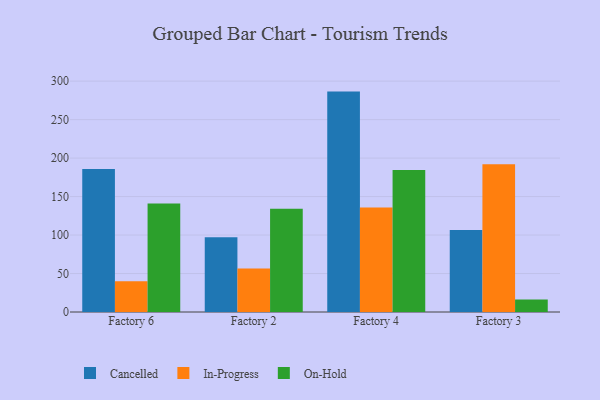
{"axis": {"x": "Factory", "y": "Page Views"}, "legend": ["Cancelled", "In-Progress", "On-Hold"], "data": [{"x": "Factory 6", "y": 185.9, "type": "Cancelled"}, {"x": "Factory 6", "y": 40.0, "type": "In-Progress"}, {"x": "Factory 6", "y": 140.9, "type": "On-Hold"}, {"x": "Factory 2", "y": 97.2, "type": "Cancelled"}, {"x": "Factory 2", "y": 56.4, "type": "In-Progress"}, {"x": "Factory 2", "y": 134.3, "type": "On-Hold"}, {"x": "Factory 4", "y": 286.4, "type": "Cancelled"}, {"x": "Factory 4", "y": 135.8, "type": "In-Progress"}, {"x": "Factory 4", "y": 184.4, "type": "On-Hold"}, {"x": "Factory 3", "y": 106.5, "type": "Cancelled"}, {"x": "Factory 3", "y": 192.0, "type": "In-Progress"}, {"x": "Factory 3", "y": 16.3, "type": "On-Hold"}]}